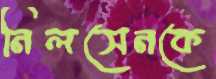
নিলসেনকে